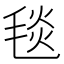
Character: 毯